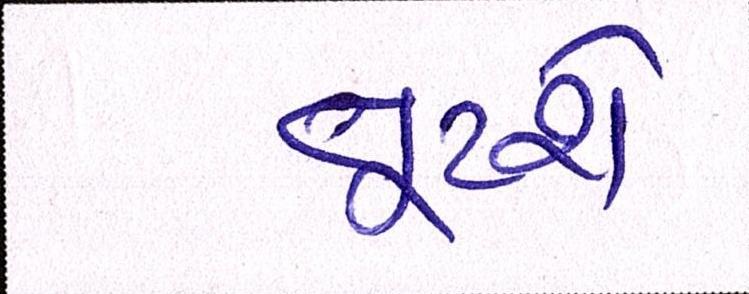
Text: તૂટશે